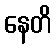
နေတိ